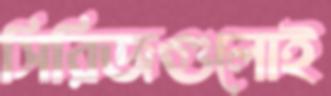
সিরিজগুলোই